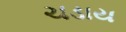
ચડાય